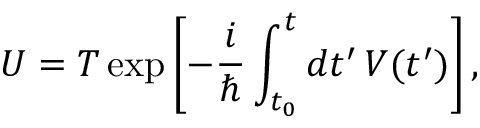
U = T \exp \left[ - { \frac { i } { \hbar } } \int _ { t _ { 0 } } ^ { t } d t ^ { \prime } \, V ( t ^ { \prime } ) \right] ,